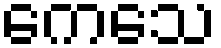
ကေသေ